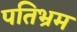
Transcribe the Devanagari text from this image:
पतिभ्रम